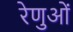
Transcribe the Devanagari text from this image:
रेणुओं